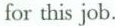
for this job.